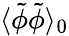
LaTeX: \langle\tilde{\phi}\tilde{\phi}\rangle_{0}